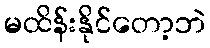
မထိန်းနိုင်တော့ဘဲ